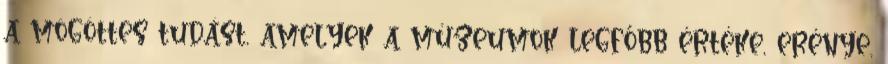
a mögöttes tudást, amelyek a múzeumok legfőbb értéke, erénye.